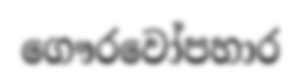
ගෞරවෝපහාර